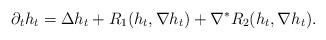
LaTeX: \begin{align*} \partial_t h_t = \Delta h_t + R_1 (h_t, \nabla h_t ) + \nabla^* R_2 (h_t, \nabla h_t).\end{align*}